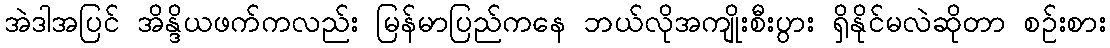
အဲဒါအပြင် အိန္ဒိယဖက်ကလည်း မြန်မာပြည်ကနေ ဘယ်လိုအကျိုးစီးပွား ရှိနိုင်မလဲဆိုတာ စဉ်းစား